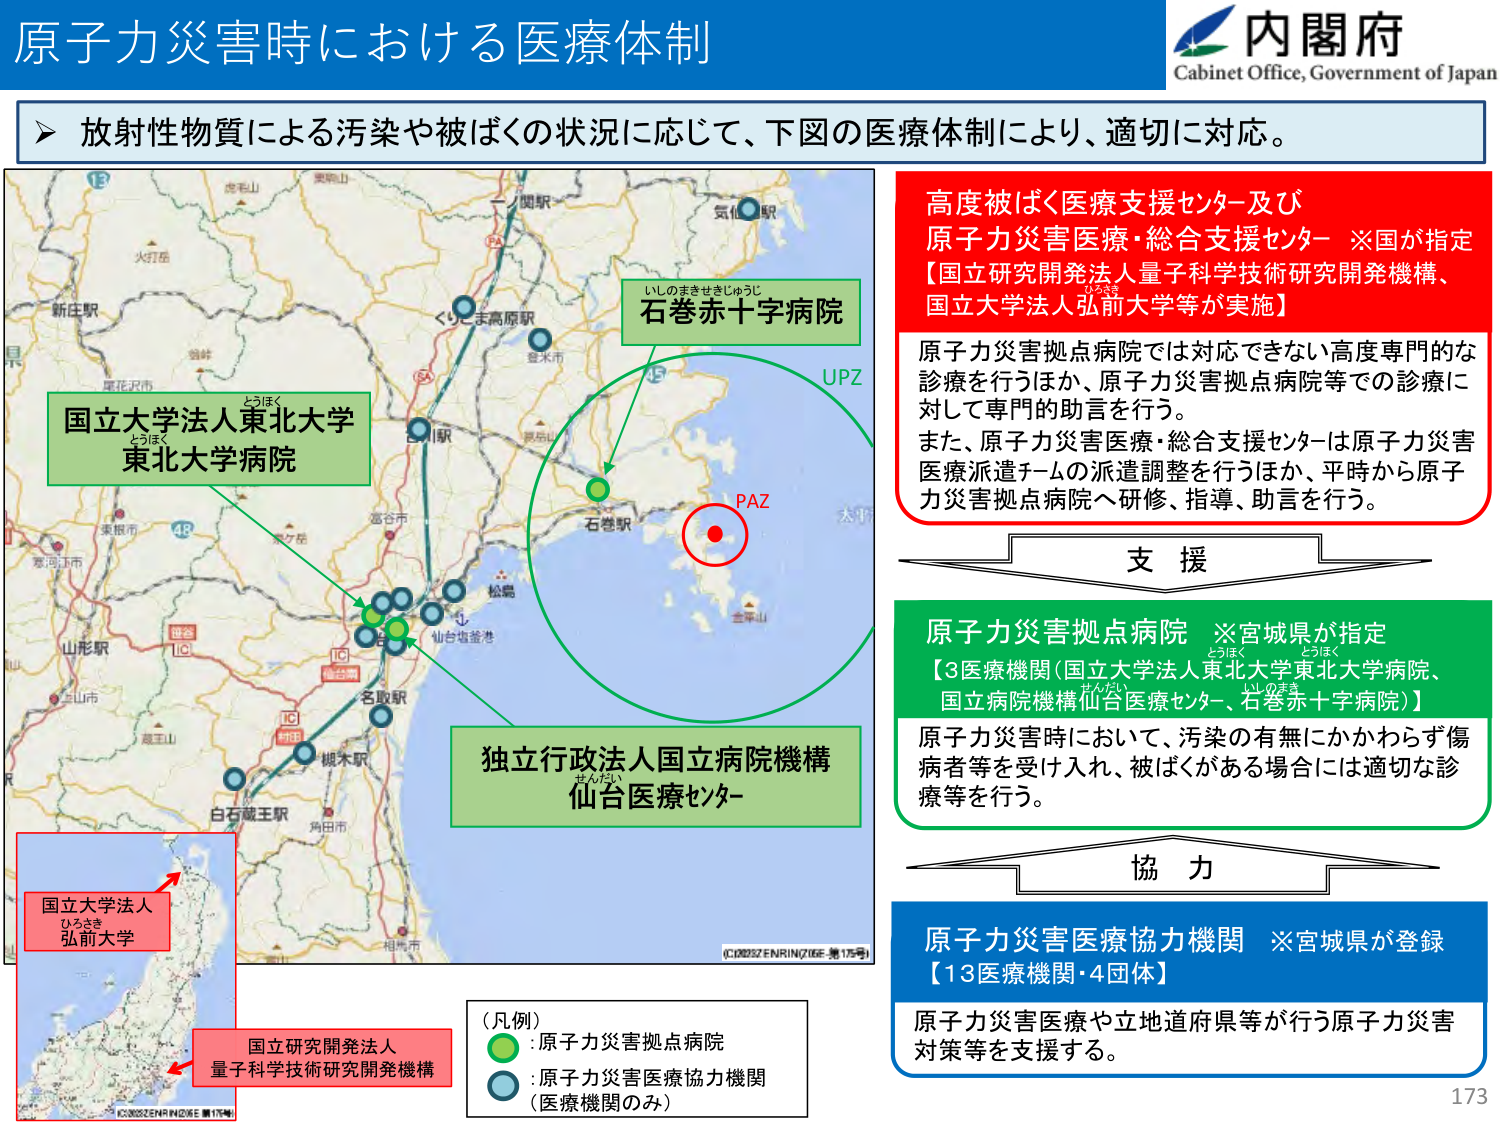
原子力災害時における医療体制

内閣府
Cabinet Office, Government of Japan

▶ 放射性物質による汚染や被ばくの状況に応じて、下図の医療体制により、適切に対応。

国立大学法人東北大学
東北大学病院

石巻赤十字病院
いしのまきせきじゅうじ

独立行政法人国立病院機構
仙台医療センター
せんだい

国立大学法人
弘前大学
ひろさき

国立研究開発法人
量子科学技術研究開発機構

（凡例）
● : 原子力災害拠点病院
● : 原子力災害医療協力機関
（医療機関のみ）

高度被ばく医療支援センター及び
原子力災害医療・総合支援センター ※国が指定
【国立研究開発法人量子科学技術研究開発機構、
国立大学法人弘前大学等が実施】

原子力災害拠点病院では対応できない高度専門的な
診療を行うほか、原子力災害拠点病院等での診療に
対して専門的助言を行う。
また、原子力災害医療・総合支援センターは原子力災害
医療派遣チームの派遣調整を行うほか、平時から原子
力災害拠点病院へ研修、指導、助言を行う。

支 援

原子力災害拠点病院 ※宮城県が指定
【3医療機関（国立大学法人東北大学病院、
国立病院機構仙台医療センター、石巻赤十字病院）】

原子力災害時において、汚染の有無にかかわらず傷
病者等を受け入れ、被ばくがある場合には適切な診
療等を行う。

協 力

原子力災害医療協力機関 ※宮城県が登録
【13医療機関・4団体】

原子力災害医療や立地道府県等が行う原子力災害
対策等を支援する。

UPZ
PAZ

173